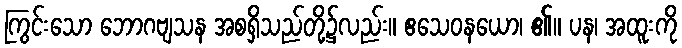
ကြွင်းသော ဘောဂဗျသန အစရှိသည်တို့၌လည်း။ ဧသေဝနယော၊ ၏။ ပန၊ အထူးကို